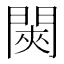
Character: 𬮊